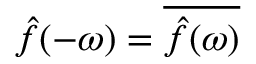
{ \hat { f } } ( - \omega ) = { \overline { { { \hat { f } } ( \omega ) } } }